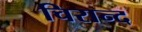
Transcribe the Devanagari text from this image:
चिरान्द